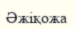
Әжіқожа